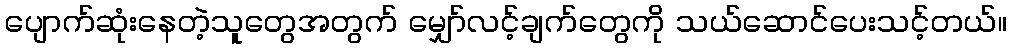
ပျောက်ဆုံးနေတဲ့သူတွေအတွက် မျှော်လင့်ချက်တွေကို သယ်ဆောင်ပေးသင့်တယ်။